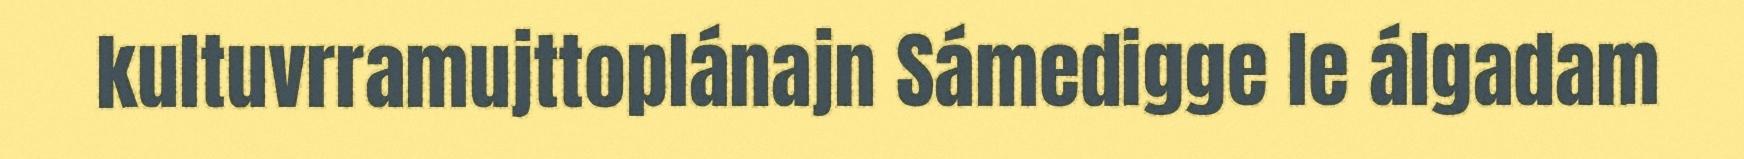
kultuvrramujttoplánajn Sámedigge le álgadam